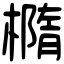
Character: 橢